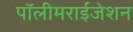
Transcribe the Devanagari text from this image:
पॉलीमराईजेशन